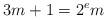
LaTeX: \begin{align*}3m+1 = 2^e m\end{align*}